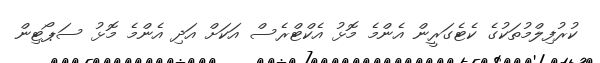
ކުރުފިލްމުތަކުގެ ކެޓެގަރީން އެންމެ މޮޅު އެކްޓްރެސް އަކަށް އަދި އެންމެ މޮޅު ސަޕޯޓިން